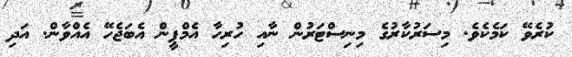
ކުރެވޭ ކަމެކެވެ. މިސަރުކާރުގެ މިނިސްޓަރުން ނާއި ހުރިހާ އެމްޕީން އެބަޖެހޭ އެއްވާން. އަދި